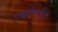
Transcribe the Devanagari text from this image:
प्रश्नोत्तरी।